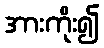
အားကိုး၍